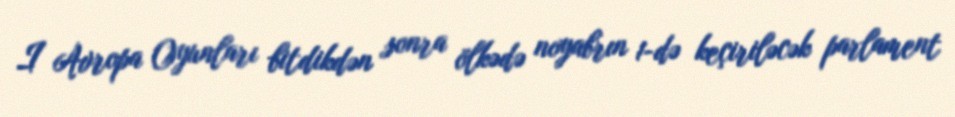
I Avropa Oyunları bitdikdən sonra ölkədə noyabrın 1-də keçiriləcək parlament